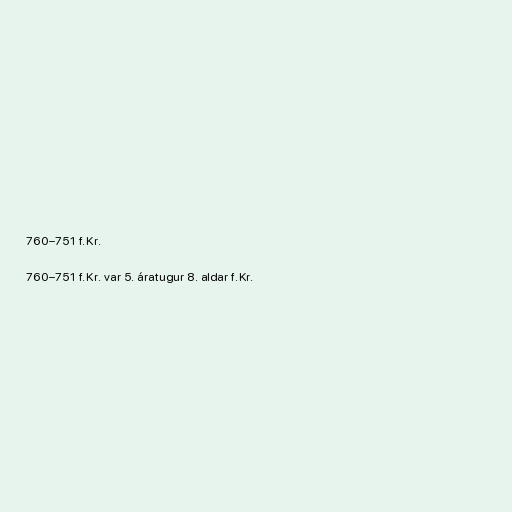
760–751 f.Kr.

760–751 f.Kr. var 5. áratugur 8. aldar f.Kr.